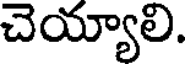
చెయ్యాలి.